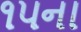
૧૫ના